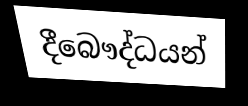
දීබෞද්ධයන්